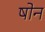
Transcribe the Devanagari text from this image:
षोन